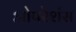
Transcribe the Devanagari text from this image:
ओपरेशंस